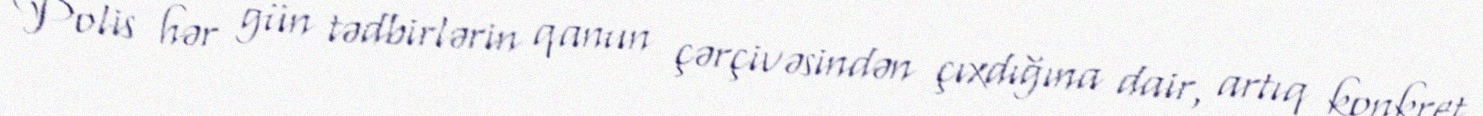
Polis hər gün tədbirlərin qanun çərçivəsindən çıxdığına dair, artıq konkret